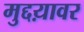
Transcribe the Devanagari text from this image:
मुद्दय़ावर